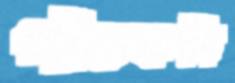
পাঁচকড়ি